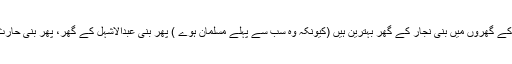
پھر فرمایا کہ انصار کے گھروں میں بنی نجار کے گھر بہترین ہیں (کیونکہ وہ سب سے پہلے مسلمان ہوے ) پھر بنی عبدالاشہل کے گھر، پھر بنی حارث بن خزرج کے گھر۔